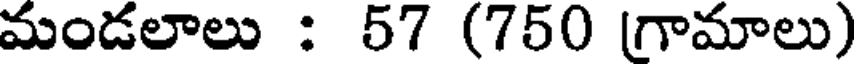
మండలాలు : 57 (750 (గామాలు)